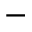
-